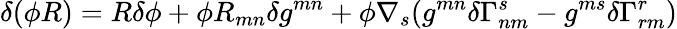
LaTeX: \delta(\phi R)=R\delta\phi+\phi R_{mn}\delta g^{mn}+\phi\nabla_{s}(g^{mn}\delta\Gamma_{nm}^{s}-g^{ms}\delta\Gamma_{rm}^{r})